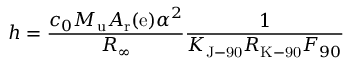
h = { \frac { c _ { 0 } M _ { \mathrm { { u } } } A _ { \mathrm { { r } } } ( \mathrm { { e } } ) \alpha ^ { 2 } } { R _ { \infty } } } { \frac { 1 } { K _ { \mathrm { { J - 9 0 } } } R _ { \mathrm { { K - 9 0 } } } F _ { 9 0 } } }